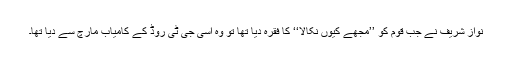
نواز شریف نے جب قوم کو ’’مجھے کیوں نکالا‘‘ کا فقرہ دیا تھا تو وہ اسی جی ٹی روڈ کے کامیاب مارچ سے دیا تھا۔